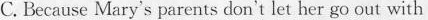
C. Because Mary's parents don't let her go out with